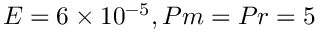
E = 6 \times 1 0 ^ { - 5 } , P m = P r = 5